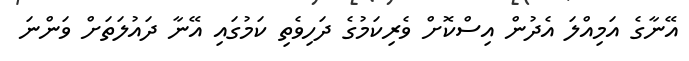
އޭނާގެ އަމިއްލަ އެދުން އިސްކޮށް ވެރިކަމުގެ ދަހިވެތި ކަމުގައި އޭނާ ދައުލަތަށް ވަންނަ